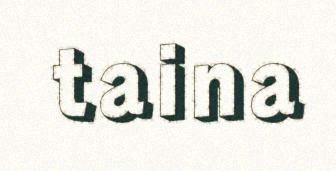
taina